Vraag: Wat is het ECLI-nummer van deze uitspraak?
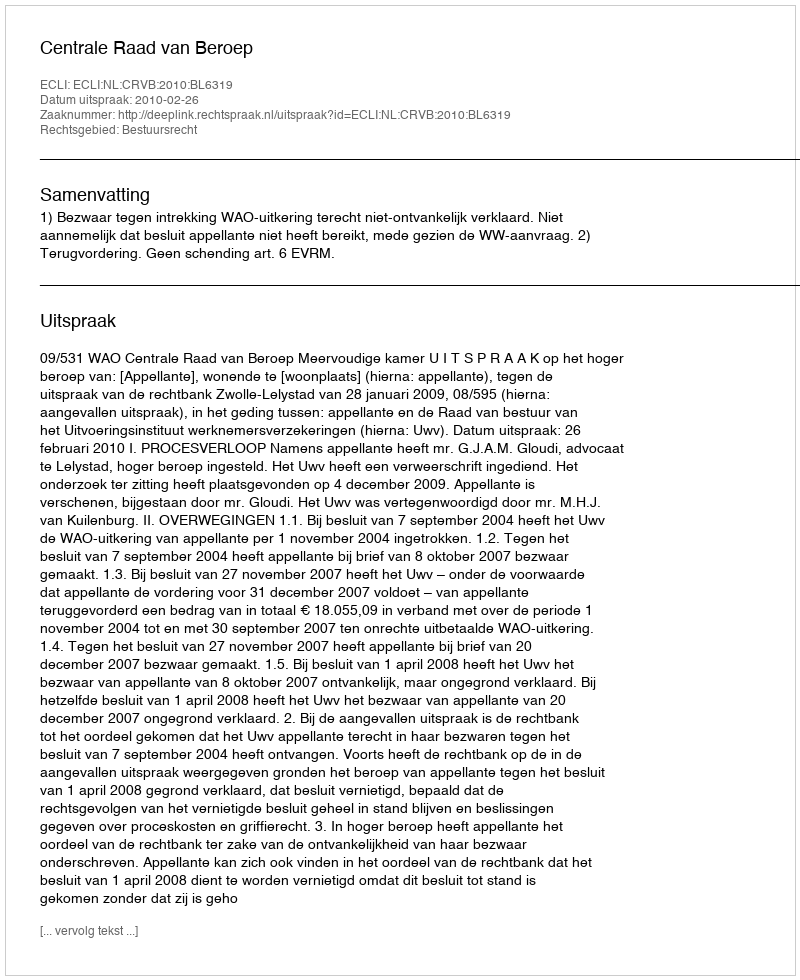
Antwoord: ECLI:NL:CRVB:2010:BL6319